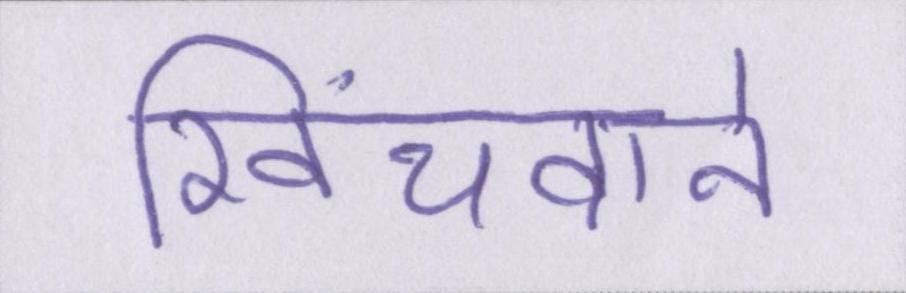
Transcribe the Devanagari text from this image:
खिंचवाने